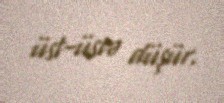
üst-üstə düşür.